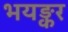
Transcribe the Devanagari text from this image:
भयङ्कर